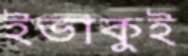
ইভাকুই